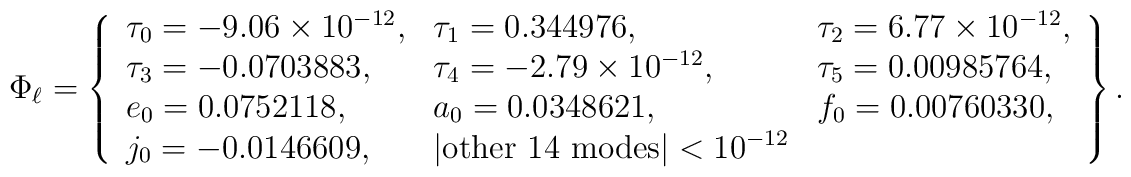
\Phi_{\ell}=\left\{	\begin{array}{lll}	\tau_0=-9.06\times 10^{-12}, & \tau_1=0.344976, & \tau_2=6.77\times 10^{-12}, \\ 	\tau_3=-0.0703883, & \tau_4=-2.79\times 10^{-12}, & \tau_5=0.00985764, \\ 	e_0=0.0752118, & a_0=0.0348621, & f_0=0.00760330, \\ j_0=-0.0146609, & 	|\mbox{other 14 modes}|<10^{-12} & 	\end{array}\right\}.